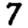
Digit: 7